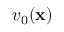
v _ { 0 } ( \mathbf { x } )